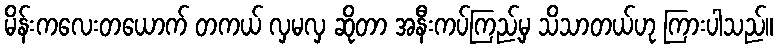
မိန်းကလေးတယောက် တကယ် လှမလှ ဆိုတာ အနီးကပ်ကြည့်မှ သိသာတယ်ဟု ကြားပါသည်။